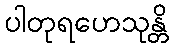
ပါတုရဟေသုန္တိ